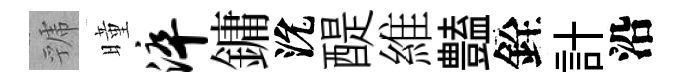
虢曈淬鏞沇醍維𧰟銓計沿